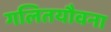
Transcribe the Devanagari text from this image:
गलितयौवना